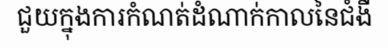
ជួយក្នុងការកំណត់ដំណាក់កាលនៃជំងឺ